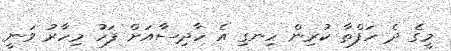
މީގެ ދެ ހަފްތާ ކުރިން ހިނގި އެ ހާދިސާއަށް ފަހު މިހާރު ވަނީ